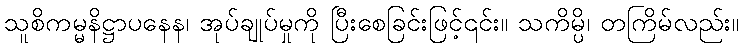
သူစိကမ္မနိဋ္ဌာပနေန၊ အုပ်ချုပ်မှုကို ပြီးစေခြင်းဖြင့်၎င်း။ သကိမ္ပိ၊ တကြိမ်လည်း။